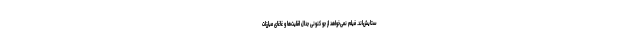
ستایش‌اند. فیلم نمی‌خواهد از جو کنونی جدال اقلیت‌ها و غاغای مبارزات